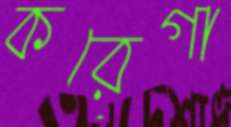
করেগা